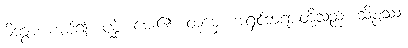
မိတွာ၊ ကပ်၍။ ပုစ္ဆိ၊ မေး၏။ တုမှေ၊ အရှင်ဘုရားတို့သည်။ သိပ္ပဿ၊